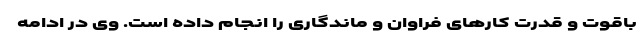
باقوت و قدرت کارهای فراوان و ماندگاری را انجام داده است. وی در ادامه